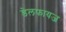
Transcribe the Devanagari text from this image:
डेलफायज